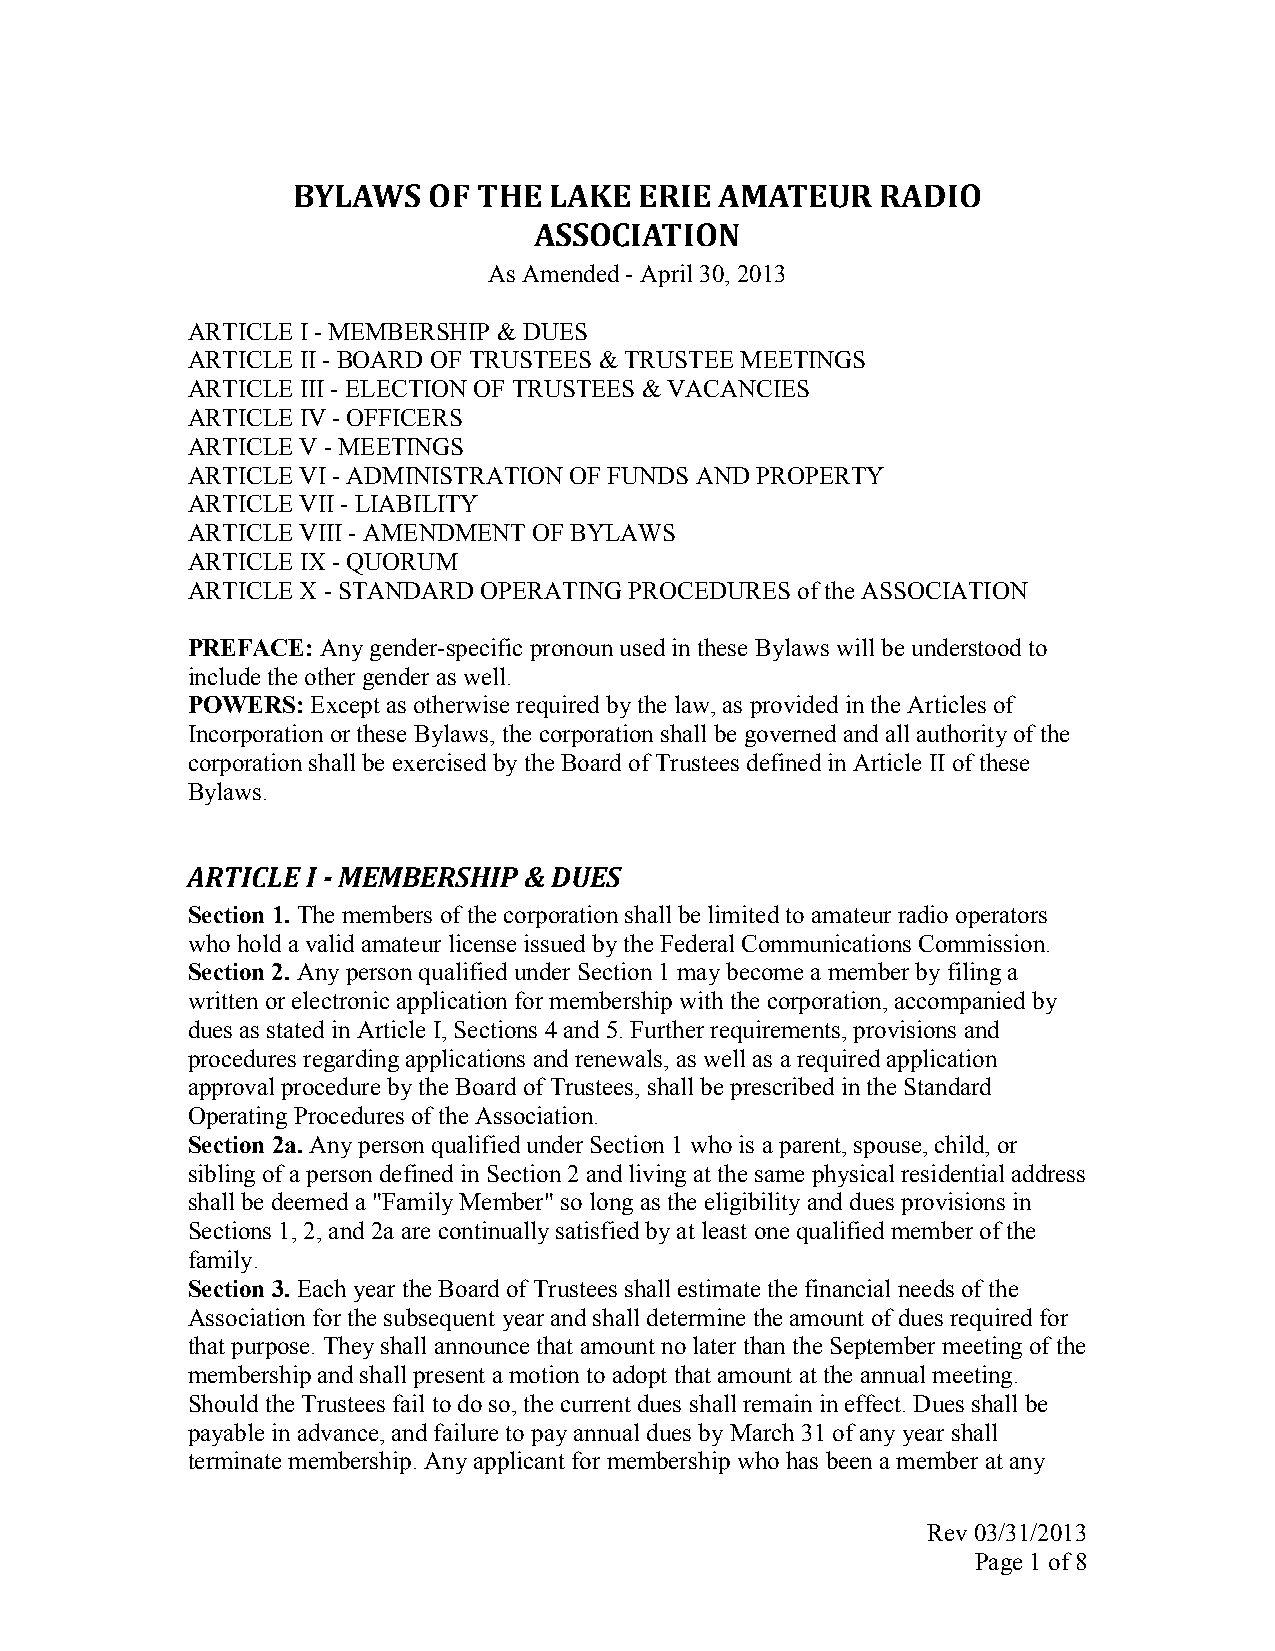
BYLAWS   OF  THE LAKE  ERIE  AMATEUR   RADIO
 ASSOCIATION
 As Amended - April 30, 2013
 ARTICLE I - MEMBERSHIP & DUES
 ARTICLE II - BOARD OF TRUSTEES & TRUSTEE MEETINGS
 ARTICLE III - ELECTION OF TRUSTEES & VACANCIES
 ARTICLE IV - OFFICERS
 ARTICLE V - MEETINGS
 ARTICLE VI - ADMINISTRATION OF FUNDS AND PROPERTY
 ARTICLE VII - LIABILITY
 ARTICLE VIII - AMENDMENT OF BYLAWS
 ARTICLE IX - QUORUM
 ARTICLE X - STANDARD OPERATING PROCEDURES of the ASSOCIATION
 PREFACE: Any gender-specific pronoun used in these Bylaws will be understood to
 include the other gender as well.
 POWERS:  Except as otherwise required by the law, as provided in the Articles of
 Incorporation or these Bylaws, the corporation shall be governed and all authority of the
 corporation shall be exercised by the Board of Trustees defined in Article II of these
 Bylaws.
 ARTICLE I - MEMBERSHIP & DUES
 Section 1. The members of the corporation shall be limited to amateur radio operators
 who hold a valid amateur license issued by the Federal Communications Commission.
 Section 2. Any person qualified under Section 1 may become a member by filing a
 written or electronic application for membership with the corporation, accompanied by
 dues as stated in Article I, Sections 4 and 5. Further requirements, provisions and
 procedures regarding applications and renewals, as well as a required application
 approval procedure by the Board of Trustees, shall be prescribed in the Standard
 Operating Procedures of the Association.
 Section 2a. Any person qualified under Section 1 who is a parent, spouse, child, or
 sibling of a person defined in Section 2 and living at the same physical residential address
 shall be deemed a "Family Member" so long as the eligibility and dues provisions in
 Sections 1, 2, and 2a are continually satisfied by at least one qualified member of the
 family.
 Section 3. Each year the Board of Trustees shall estimate the financial needs of the
 Association for the subsequent year and shall determine the amount of dues required for
 that purpose. They shall announce that amount no later than the September meeting of the
 membership and shall present a motion to adopt that amount at the annual meeting.
 Should the Trustees fail to do so, the current dues shall remain in effect. Dues shall be
 payable in advance, and failure to pay annual dues by March 31 of any year shall
 terminate membership. Any applicant for membership who has been a member at any
 Rev 03/31/2013
 Page 1 of 8